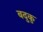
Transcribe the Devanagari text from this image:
बदुकु